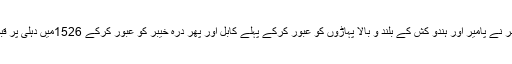
ازبکستان کی فرغانہ وادی ہی سے نوجوان سردار ظہیر الدین بابر نے پامیر اور ہندو کش کے بلند و بالا پہاڑوں کو عبور کرکے پہلے کابل اور پھر درۂ خیبر کو عبور کرکے 1526میں دہلی پر قبضہ کرکے مغل سلطنت کی بنیاد ڈالی، جو 1857تک قائم رہی۔